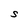
Character: S